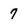
Character: 7